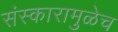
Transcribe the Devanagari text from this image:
संस्कारामुळेच